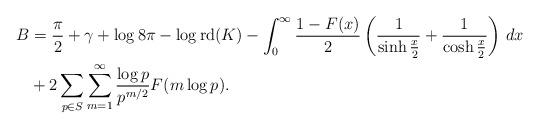
LaTeX: \begin{align*}B &= \frac{\pi}{2} + \gamma + \log{8\pi} - \log \operatorname{rd}(K) - \int_0^\infty \frac{1-F(x)}{2}\left( \frac{1}{\sinh{\frac{x}{2}}} + \frac{1}{\cosh{\frac{x}{2}}} \right) \, dx \\ & + 2 \sum_{p \in S} \sum_{m=1}^\infty \frac{\log p}{p^{m/2}}F(m \log p).\end{align*}